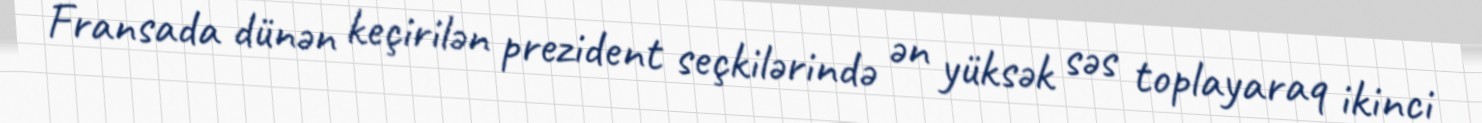
Fransada dünən keçirilən prezident seçkilərində ən yüksək səs toplayaraq ikinci